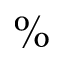
\%